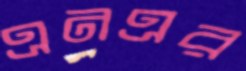
এনএর